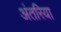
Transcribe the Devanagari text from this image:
अंतरिया